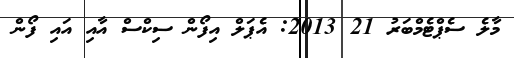
މާލެ ސެޕްޓެމްބަރު 21 2013: އެޕަލް އިފޯން ސިކްސް އާއި އައި ފޯން